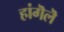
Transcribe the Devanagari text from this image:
हांगॆलॆ